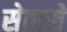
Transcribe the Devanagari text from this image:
सेवासे